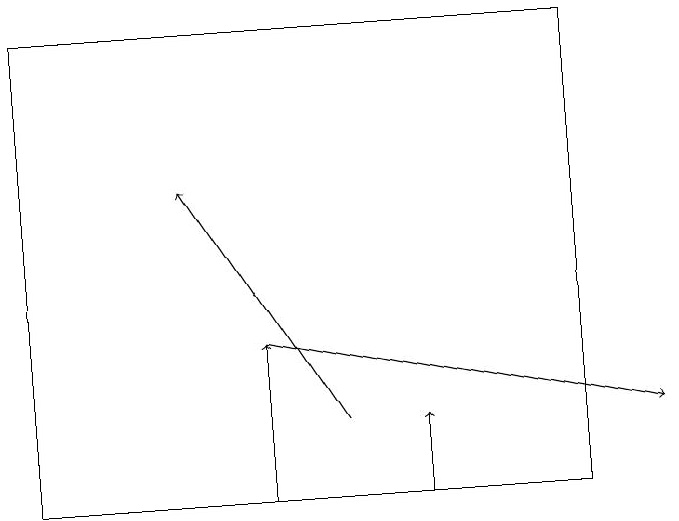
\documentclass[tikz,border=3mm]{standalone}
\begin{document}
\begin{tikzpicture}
\draw[->] (4,13) -- (2,16);
\draw[->] (5,12) -- (5,13);
\draw[->] (3,12) -- (3,14);
\draw (0,18) rectangle (7,12);
\draw[->] (3,14) -- (8,13);
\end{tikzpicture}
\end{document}